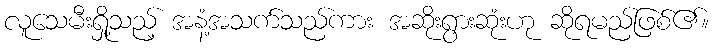
လူသေမီးရှို့သည့် အနံ့အသက်သည်ကား အဆိုးရွားဆုံးဟု ဆိုရမည်ဖြစ်၏။